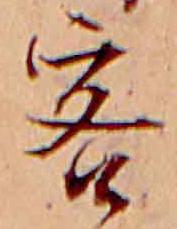
客